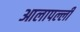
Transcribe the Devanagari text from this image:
आलापल्ली